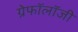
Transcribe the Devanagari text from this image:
ग्रेफॉलॉजी